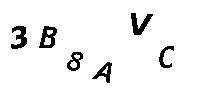
3B8AVC